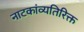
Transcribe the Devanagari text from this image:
नाटकांव्यतिरिक्त